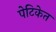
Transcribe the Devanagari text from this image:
पेटिकेत